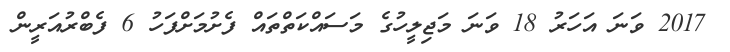
2017 ވަނަ އަހަރު 18 ވަނަ މަޖިލީހުގެ މަސައްކަތްތައް ފެށުމަށްފަހު 6 ފެބްރުއަރީން